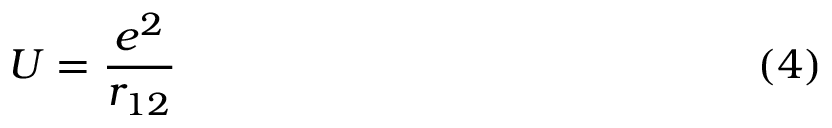
U = \frac { e ^ { 2 } } { r _ { 1 2 } } \eqno ( 4 )